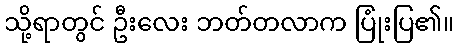
သို့ရာတွင် ဦးလေး ဘတ်တလာက ပြုံးပြ၏။